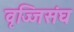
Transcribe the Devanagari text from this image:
वृज्जिसंघ